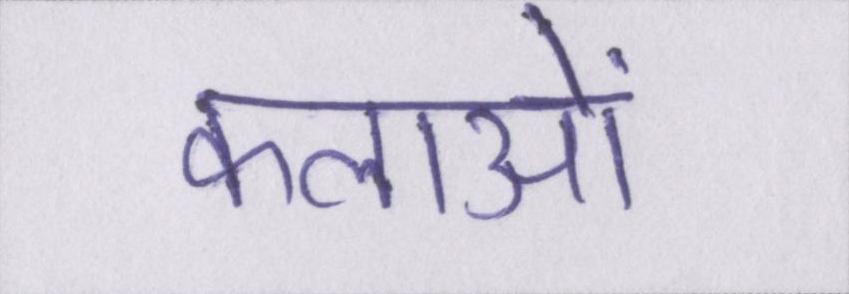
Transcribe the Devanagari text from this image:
कलाओं